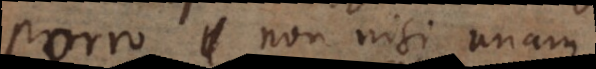
Porro non nisi unam